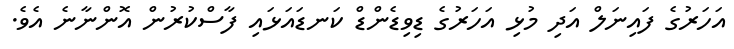
އަހަރުގެ ފައިނަލް އަދި މުޅި އަހަރުގެ ޑިވިޑެންޑް ކަނޑައަޅައި ފާސްކުރުން އޮންނާނެ އެވެ.